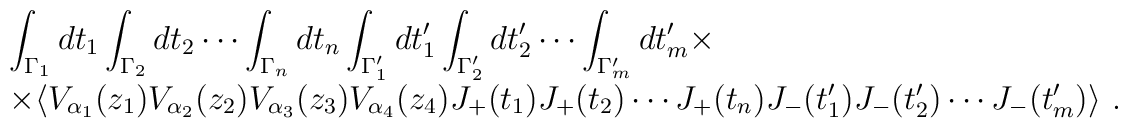
\begin{array}{rcl}& &\displaystyle\int_{\Gamma_1}dt_1\int_{\Gamma_2}dt_2\cdots\int_{\Gamma_n}dt_n \int_{\Gamma'_1} dt'_1 \int_{\Gamma'_2} dt'_2\cdots \int_{\Gamma'_m} dt'_m\times\\& &\times\langle V_{\alpha_1}(z_1)V_{\alpha_2}(z_2)V_{\alpha_3}(z_3)V_{\alpha_4}(z_4)J_+(t_1) J_+(t_2)\cdots J_+(t_n)J_-(t'_1) J_-(t'_2)\cdots J_-(t'_m) \rangle~.\end{array}